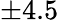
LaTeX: \pm 4.5